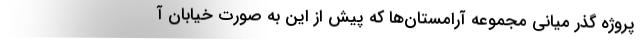
پروژه گذر میانی مجموعه آرامستان‌ها که پیش از این به صورت خیابان آ